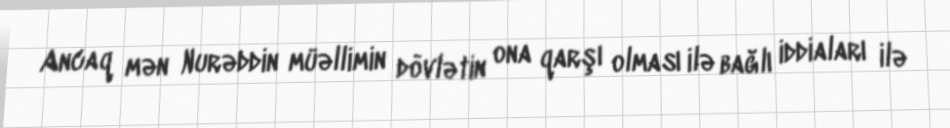
Ancaq mən Nurəddin müəllimin dövlətin ona qarşı olması ilə bağlı iddiaları ilə